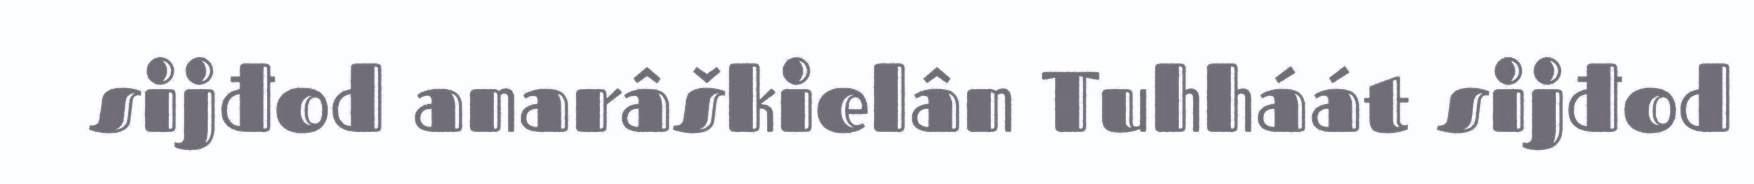
sijđod anarâškielân Tuhháát sijđod